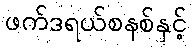
ဖက်ဒရယ်စနစ်နှင့်